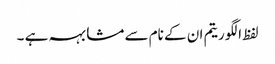
لفظ الگوریتم ان کے نام سے مشابہہ ہے ۔